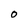
Character: O